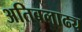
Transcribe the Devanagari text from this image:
अतिबलाढ्य